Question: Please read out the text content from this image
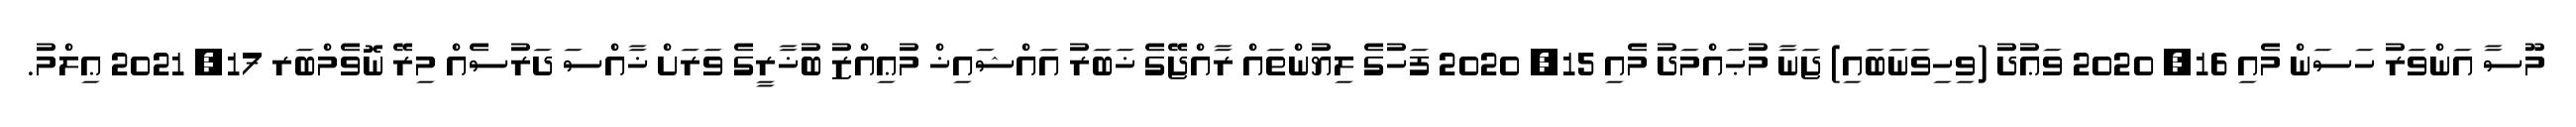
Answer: މޫސާ އަންވަރު ހަސަން މެއި 16, 2020 ވަޢުދު (ވިހިވަނަބައި) ޖަނާ މުޙައްމަދު މެއި 15, 2020 ފަހުގެ ލިޔުންތައް ރާއްޖޭގެ ޚަބަރު އައްޝައިޚް މުޢިއްޒު ބުޚާރީގެ ވަރަށް ޚާއްސަ ދަރުސެއް މިރޭ ނޮވެމްބަރ 17, 2021 ޢިލްމު.